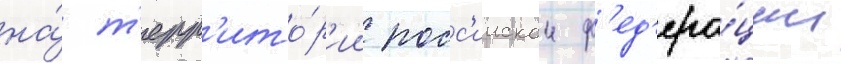
на́ т'ерр'ито́р'ии росс'иискои ф'ед'ера́ции